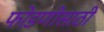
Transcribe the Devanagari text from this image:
फोडणीसाठी